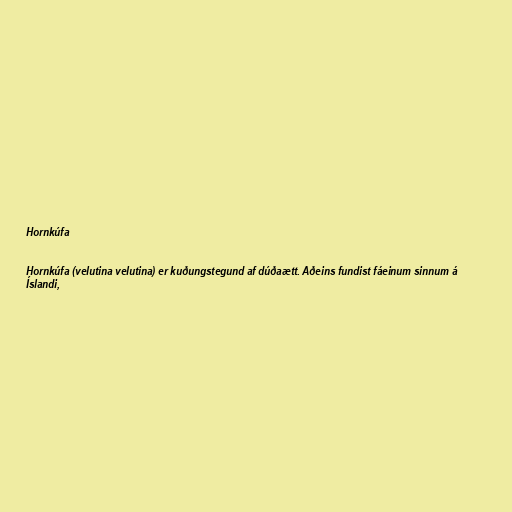
Hornkúfa

Hornkúfa (velutina velutina) er kuðungstegund af dúðaætt. Aðeins fundist fáeinum sinnum á
Íslandi,